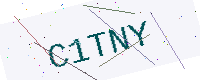
Text: C1TNY